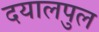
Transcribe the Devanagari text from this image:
दयालपुल